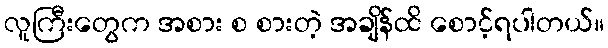
လူကြီးတွေက အစား စ စားတဲ့ အချိန်ထိ စောင့်ရပါတယ်။